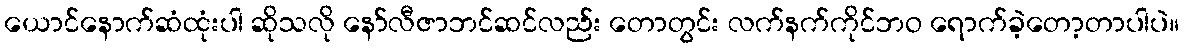
ယောင်နောက်ဆံထုံးပါ ဆိုသလို နော်လီဇာဘင်ဆင်လည်း တောတွင်း လက်နက်ကိုင်ဘဝ ရောက်ခဲ့တော့တာပါပဲ။